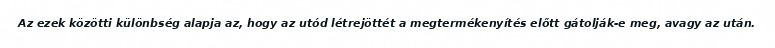
Az ezek közötti különbség alapja az, hogy az utód létrejöttét a megtermékenyítés előtt gátolják-e meg, avagy az után.